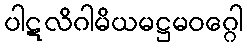
ပါဋလိဂါမိယမဋ္ဌမဝဂ္ဂေါ